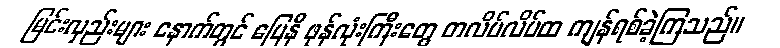
မြင်းလှည်းများ နောက်တွင် မြေနီ ဖုန်လုံးကြီးတွေ တလိပ်လိပ်ထ ကျန်ရစ်ခဲ့ကြသည်။